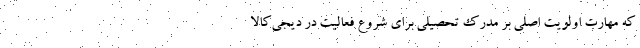
که مهارت اولویت اصلی بر مدرک تحصیلی برای شروع فعالیت در دیجی‌کالا